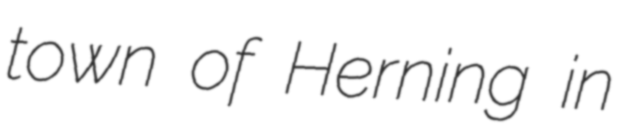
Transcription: town of Herning in